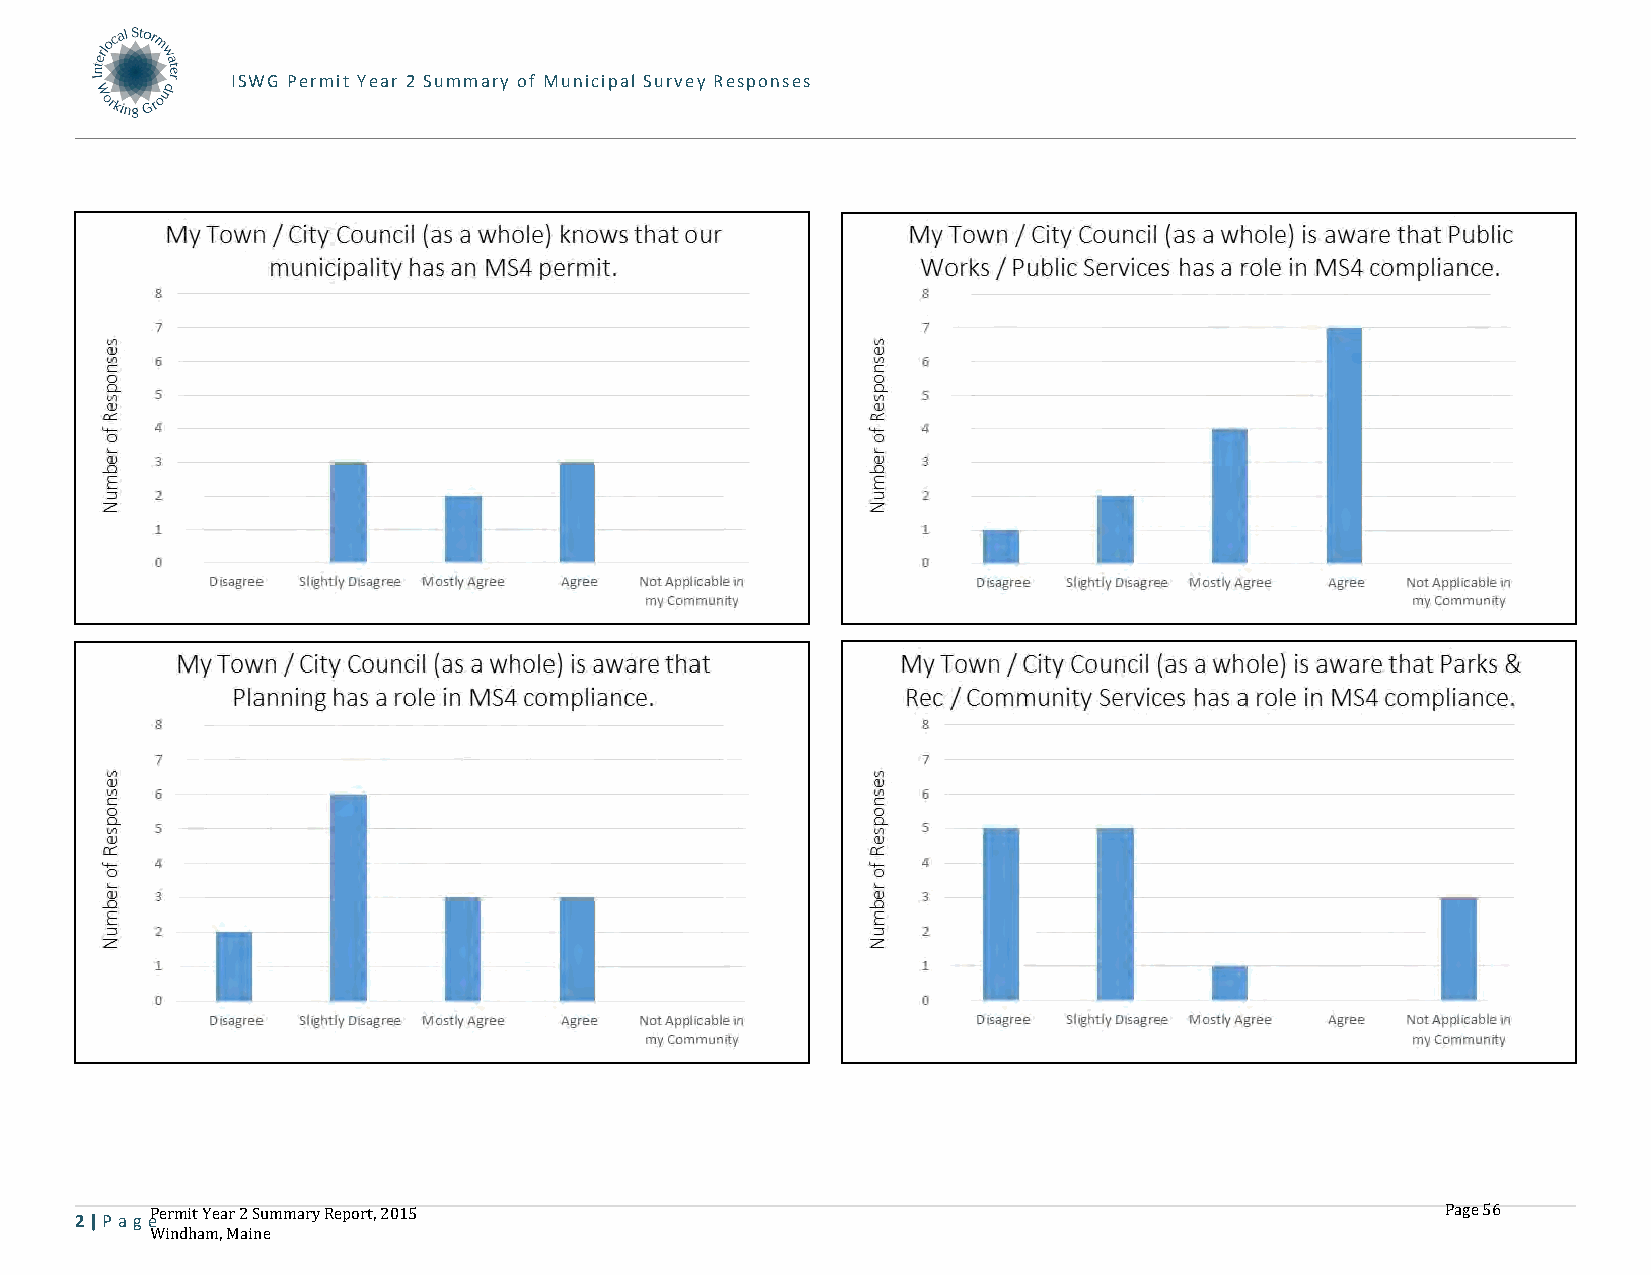
ISWG Permit Year 2 Summary of Municipal Survey Responses
 2 | P age
 Permit Year 2 Summary Report, 2015                                                    Page 56
 Windham, Maine